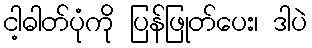
ငါ့ဓါတ်ပုံကို ပြန်ဖြုတ်ပေး၊ ဒါပဲ